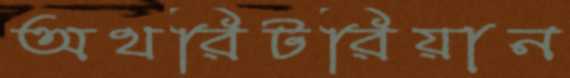
অথরিটরিয়ান